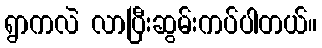
ရွာကလဲ လာပြီးဆွမ်းကပ်ပါတယ်။